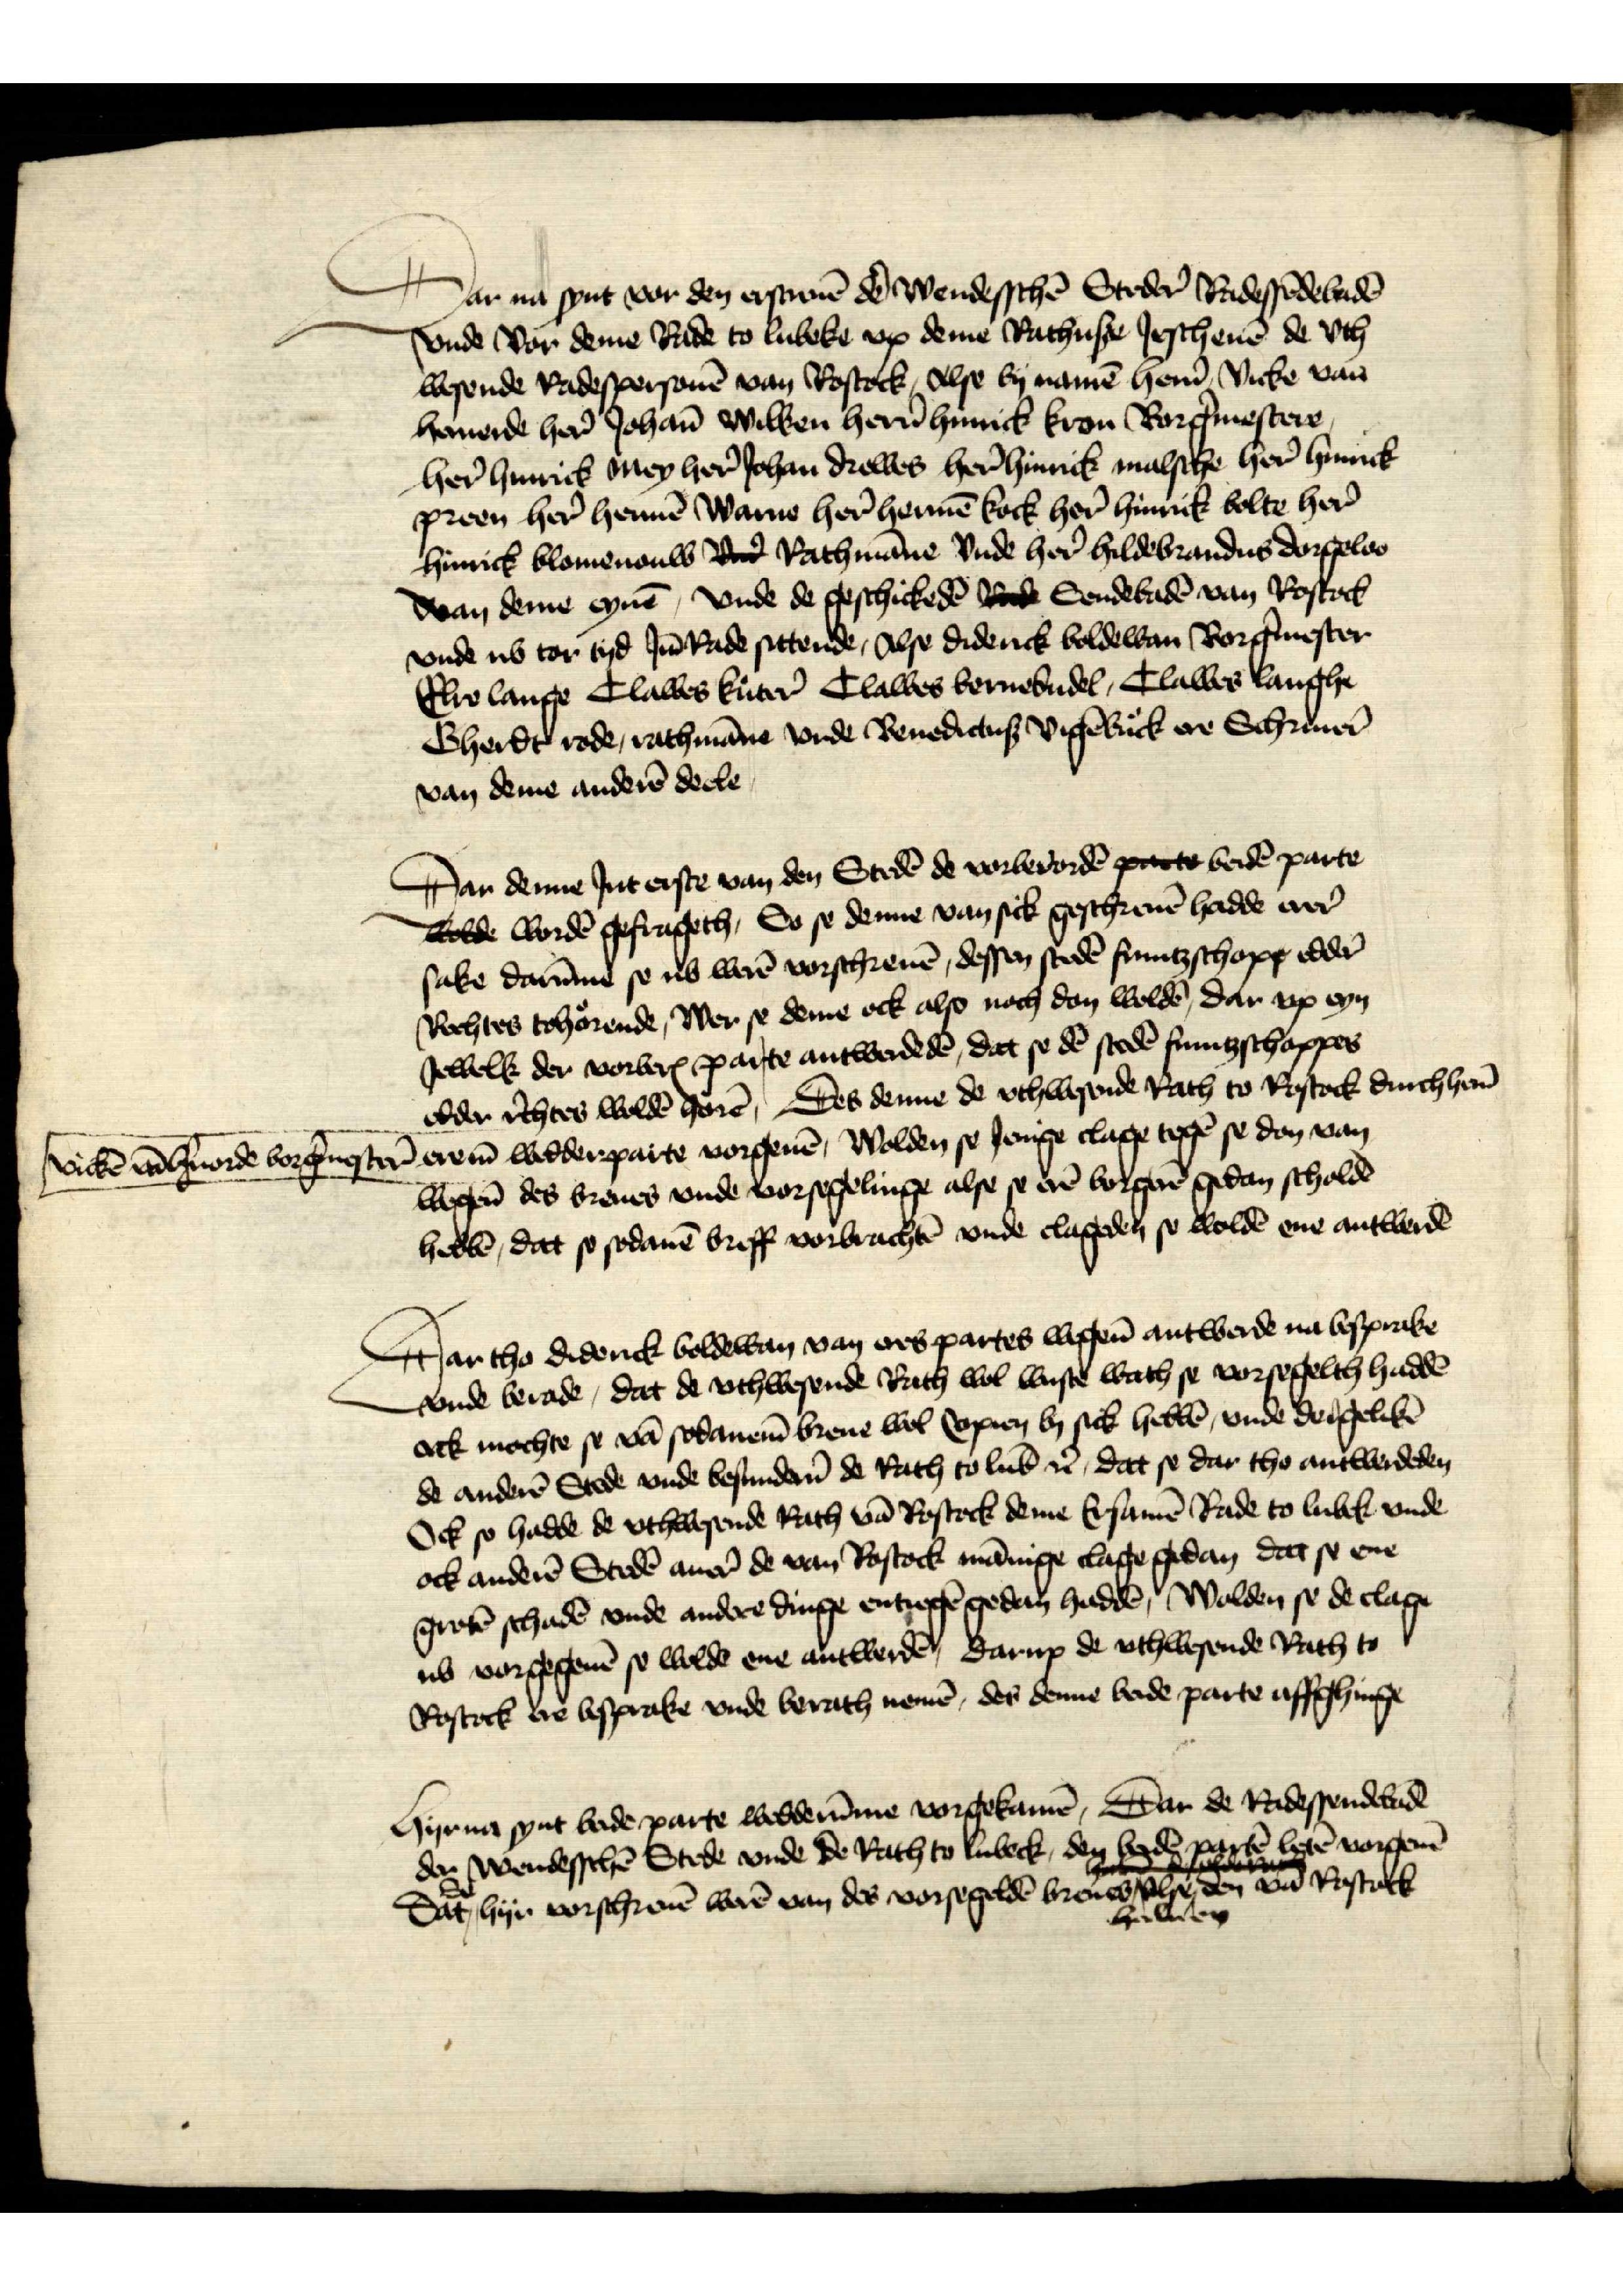
Dar na synt vor den erscreuē dē wendesschē Steder̉ Radessēdebandē
vnde vor deme Rade to Lubeke vp deme Rathuse Jrschenē de vth¬
wesende Radespersonē van Rostock, alse by namē her̉n Vicke van
Hauerde her̉ Johan̄ Wilken her̉n Hennick Kron Borg̉mestere
her̉ Hinrick Mey her̉ Johan Drewes her̉ Hinrick malsche her̉ Hinrick
Preen her̉ Hennē Warne her̉ Hennē Kock her̉ Hinrick Bolte her̉
Hinrick Blomenouw vnd Rathmāne vnde her̉ Hildebrandus Dorgeloo
van deme eynē, vnde de geschickedē vnde Sendebadē van Rostock
vnde ub tor tyd Jn̄ Rade sittende, Alse Diderick Boldewan Borg̉mester
Elre Lange Clawes Kuter̉ Clawes Bernebudel, Clawes Langhe
Gherdt Rode, rathmāne vnde Benedictus Vigēbuck ere Schriuer̉
van deme anderē deele

Dar denne Jnt erste van den Stedē de vorberordē part bedē parte
wolde wordē gefrageth, So se denne van sick geschreuē hadde erer
sake darūme se ub werē vorschreuē, dessen stedē fruntzschopp edder
Rechtes tohorende, wer se deme ock also noch don woldē, dar vp eyn
Jewelk der vorberꝬ parte antwerdedē, dat se dē stedē fruntzschappes
edder r̉chtes woldē horē, Des denne de vthwesende Rath to Rostock durch her̉
Vickē van H̉uorde borg̉mester̉ erem̄ wedder parte vorgeuē, wolden se clage tegē se do van
wegen des breues vnde vorsegelinge alse se erē borgerē sodan scholdē
hebbē, dat so sodanē breff vorbrachtē vnde clageden se woldē ene antwerdē

Dar tho Diderick Boldewan van eres partes wegen̄ antwerde na besprake
vnde berade, dat de vthwesende Rath wol wuste wath se vorsegelth haddē
ock mochte se vā sodanem breue wol Copien by sick hebbē, vnde dergelikē
de anderē Stede vnde besunder̉n de Rath to Lub̄ et̉ dar se dar tho antwerdeden
Ock so hadde de vthwesende Rath vā Rostock deme Ersamē Rade to Lubek vnde
ock anderē Stedē auer de van Rostock mānige clage gedan dat se ene
grotē schadē vnde andere dinge entiegē gedan haddē, wolden se de clage
ub vorgegeuē se wolden ene antwerdē, darup de vthwesende Rath to
Rostock ere besprake vnde berath nemē, der denne bede parte affghinge

Hyrna synt bede parte wedderūme vorgekamē, Dar de Radessendebadē
der wendesschē Stede vnde de Rath to Lubeck, den beydē partē letē vorgeuē
Dat Se hyr vorschreuē werē van des vorsegeldē breues Alse den vā Rostock
haluen